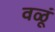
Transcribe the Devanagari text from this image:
वळूं